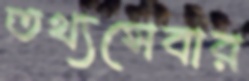
তথ্যসেবার